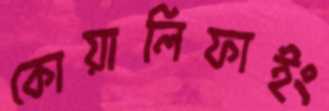
কোয়ালিফাইং